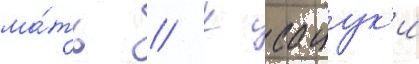
ма́ть // К сацук'и